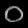
Digit: ၀